Scientific memoirs by medical officers of the Army of India - Part VIII,
Year: 1894
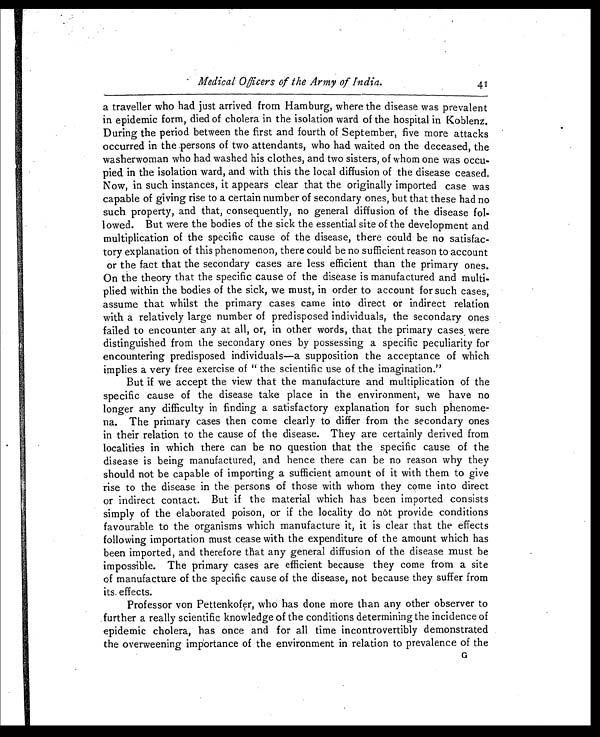
Medical Officers of the Army of India.
4 1
a traveller who had just arrived from Hamburg, where the disease was prevalent
in epidemic form, died of cholera in the isolation ward of the hospital in Koblenz.
During the period between the first and fourth of September, five more attacks
occurred in the persons of two attendants, who had waited on the deceased, the
washerwoman who had washed his clothes, and two sisters, of whom one was occu-
pied in the isolation ward, and with this the local diffusion of the disease ceased.
Now, in such instances, it appears clear that the originally imported case was
capable of giving rise to a certain number of secondary ones, but that these had no
such property, and that, consequently, no general diffusion of the disease fol-
lowed. But were the bodies of the sick the essential site of the development and
multiplication of the specific cause of the disease, there could be no satisfac-
tory explanation of this phenomenon, there could be no sufficient reason to account
or the fact that the secondary cases are less efficient than the primary ones.
On the theory that the specific cause of the disease is manufactured and multi-
plied within the bodies of the sick, we must, in order to account for such cases,
assume that whilst the primary cases came into direct or indirect relation
with a relatively large number of predisposed individuals, the secondary ones
failed to encounter any at all, or, in other words, that the primary cases were
distinguished from the secondary ones by possessing a specific peculiarity for
encountering predisposed individuals—a supposition the acceptance of which
implies a very free exercise of " the scientific use of the imagination."
But if we accept the view that the manufacture and multiplication of the
specific cause of the disease take place in the environment, we have no
longer any difficulty in finding a satisfactory explanation for such phenome-
na. The primary cases then come clearly to differ from the secondary ones
in their relation to the cause of the disease. They are certainly derived from
localities in which there can be no question that the specific cause of the
disease is being manufactured, and hence there can be no reason why they
should not be capable of importing a sufficient amount of it with them to give
rise to the disease in the persons of those with whom they come into direct
or indirect contact. But if the material which has been imported consists
simply of the elaborated poison, or if the locality do not provide conditions
favourable to the organisms which manufacture it, it is clear that the effects
following importation must cease with the expenditure of the amount which has
been imported, and therefore that any general diffusion of the disease must be
impossible. The primary cases are efficient because they come from a site
of manufacture of the specific cause of the disease, not because they suffer from
its. effects.
Professor von Pettenkofer, who has done more than any other observer to
further a really scientific knowledge of the conditions determining the incidence of
epidemic cholera, has once and for all time incontrovertibly demonstrated
the overweening importance of the environment in relation to prevalence of the
G